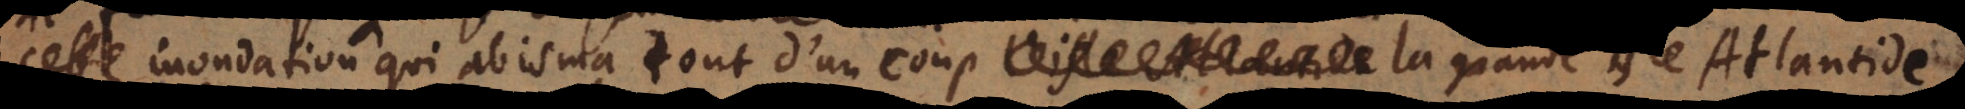
cette inondation qui abisma tout d’un coup la grande isle Atlantide